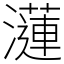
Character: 𤂍